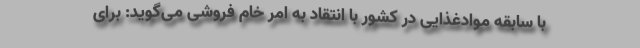
با سابقه موادغذایی در کشور با انتقاد به امر خام فروشی می‌گوید: برای